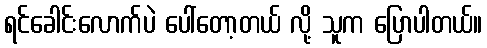
ရင်ခေါင်းလောက်ပဲ ပေါ်တော့တယ် လို့ သူက ပြောပါတယ်။